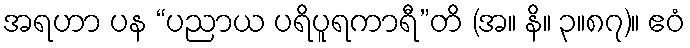
အရဟာ ပန “ပညာယ ပရိပူရကာရီ”တိ (အ။ နိ။ ၃။၈၇)။ ဧဝံ